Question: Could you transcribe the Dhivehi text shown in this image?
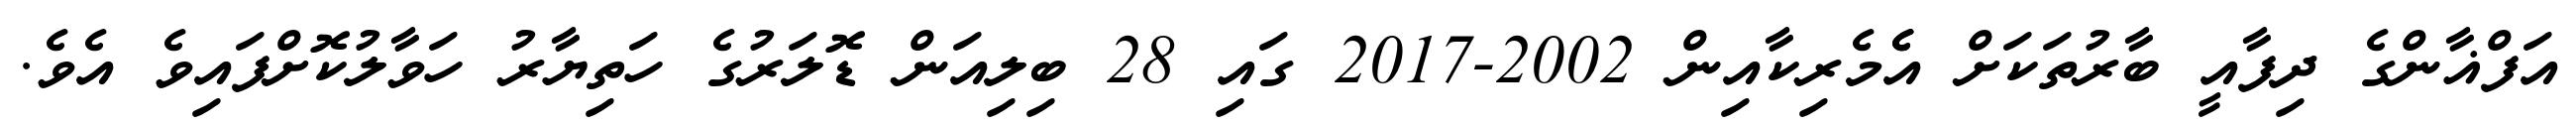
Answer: އަފްޣާންގެ ދިފާއީ ބާރުތަކަށް އެެމެރިކާއިން 2002-2017 ގައި 28 ބިލިއަން ޑޮލަރުގެ ހަތިޔާރު ހަވާލުކޮށްފައިވެ އެވެ.